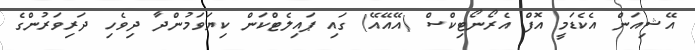
އޭޝިއަން އެކެޑަމީ އޮފް އެރޯނޯޓިކްސް (އޭއޭއޭ) ގައި ޕައިލެޓްކަން ކިޔަވަމުންދާ ދިވެހި ދަރިވަރުންގެ